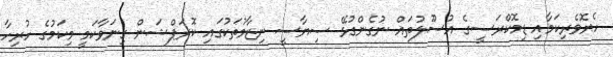
ހެޔޮވެރިކަމާއި ޑިމޮކްރަސީގެ އުސޫލުތައް ނުގެންގުޅޭ ސިޔާސީ ނިޒާމުތަކުގައި ކޮރަޕްޝަން ގިނަވާކަމީ މިކަމުގެ ހުރިހާ